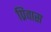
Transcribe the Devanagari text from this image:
प्रिवास